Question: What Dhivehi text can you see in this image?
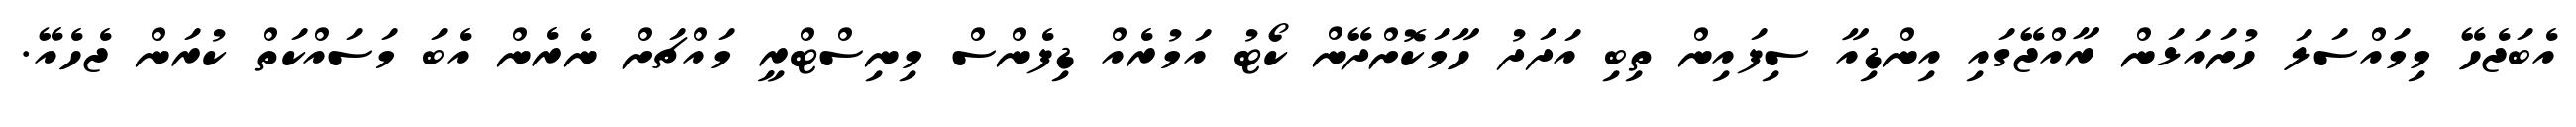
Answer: އެބަޖެހޭ މިމައްސަލަ ހުށައަޅަން ރާއްޖޭގައި އިންޑިއާ ސިފައިން ތިބި އަދަދު ހާމަކޮށްދޭން ކޯޓު އަމުރެއް ޑިފެންސް މިނިސްޓްރީ މައްޗަށް ނެރެން އެބަ މަސައްކަތް ކުރަން ޖެހެއޭ.